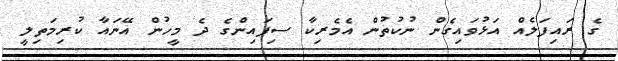
ގެ ރައިފަލެއް އަޅުވައިގެން ނުކުތުން އެމެރިކާ ސިފައިންގެ ދެ މީހުން އޭނައާ ކުރިމަތިލީ